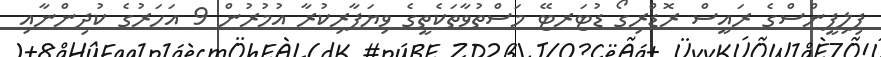
ފިލިޕީންސްގެ ރައީސް ރޮޑްރިގޯ ޑުޓަރޓޭ މަސްތުވާތަކެތީގެ ވިޔަފާރިކުރާ އުމުރުން 9 އަހަރުގެ ކުދިންނާއި